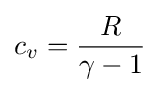
c_{v}={\frac {R}{\gamma -1}}